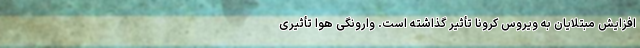
افزایش مبتلایان به ویروس کرونا تأثیر گذاشته است. وارونگی هوا تأثیری